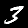
Digit: 3